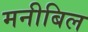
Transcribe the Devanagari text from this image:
मनीबिल